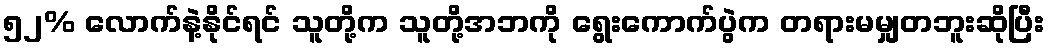
၅၂% လောက်နဲ့နိုင်ရင် သူတို့က သူတို့အဘကို ရွေးကောက်ပွဲက တရားမမျှတဘူးဆိုပြီး